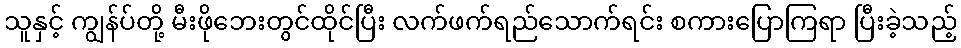
သူနှင့် ကျွန်ပ်တို့ မီးဖိုဘေးတွင်ထိုင်ပြီး လက်ဖက်ရည်သောက်ရင်း စကားပြောကြရာ ပြီးခဲ့သည့်